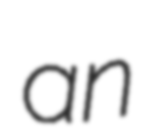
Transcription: an